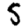
Digit: 5